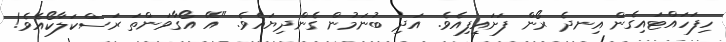
ހިފަހައްޓައިގެން އިނދެ ރޯން ފަށައިފިއެވެ. އަދި ބުނަމުން ގެންދިޔައެވެ. "އޭ އޯގާވަންތަ ރަސްކަލާކޯއެވެ!